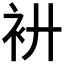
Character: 𧘬